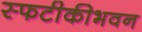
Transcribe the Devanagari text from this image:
स्फटीकीभवन